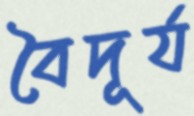
বৈদূর্য